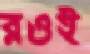
রওই